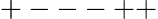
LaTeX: +---++